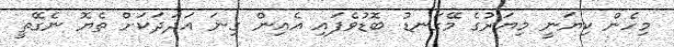
މިހެން ކިޔަނީ މިޔަރުގެ މޭގަނޑު ބޮޑުވެފައި އެއިން ގިނަ އަދަދަކަށް ތެޔޮ ނެގޭތީ